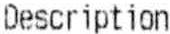
DESCRIPTION